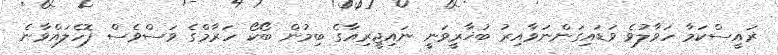
ރައީސްކަމާ ހަވާލުވެ ވަޑައިގަންނަވާއިރު ބުޚާރީވަނީ ނައިޖީރިއާގެ ބިމުން ބޯކޯ ހަރާމްގެ ވަސްވެސް ފޮހެލައްވާނެ